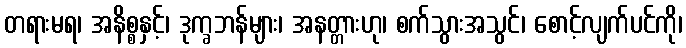
တရားမရ၊ အနိစ္စနှင့်၊ ဒုက္ခဘန်များ၊ အနတ္တားဟု၊ စက်သွားအသွင်၊ စောင့်လျက်ပင်ကို၊